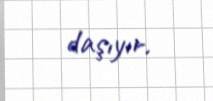
daşıyır.